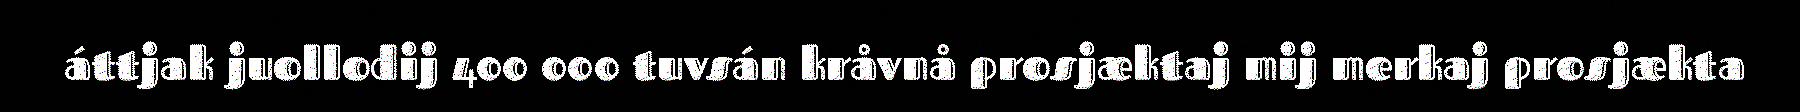
áttjak juollodij 400 000 tuvsán kråvnå prosjæktaj mij merkaj prosjækta